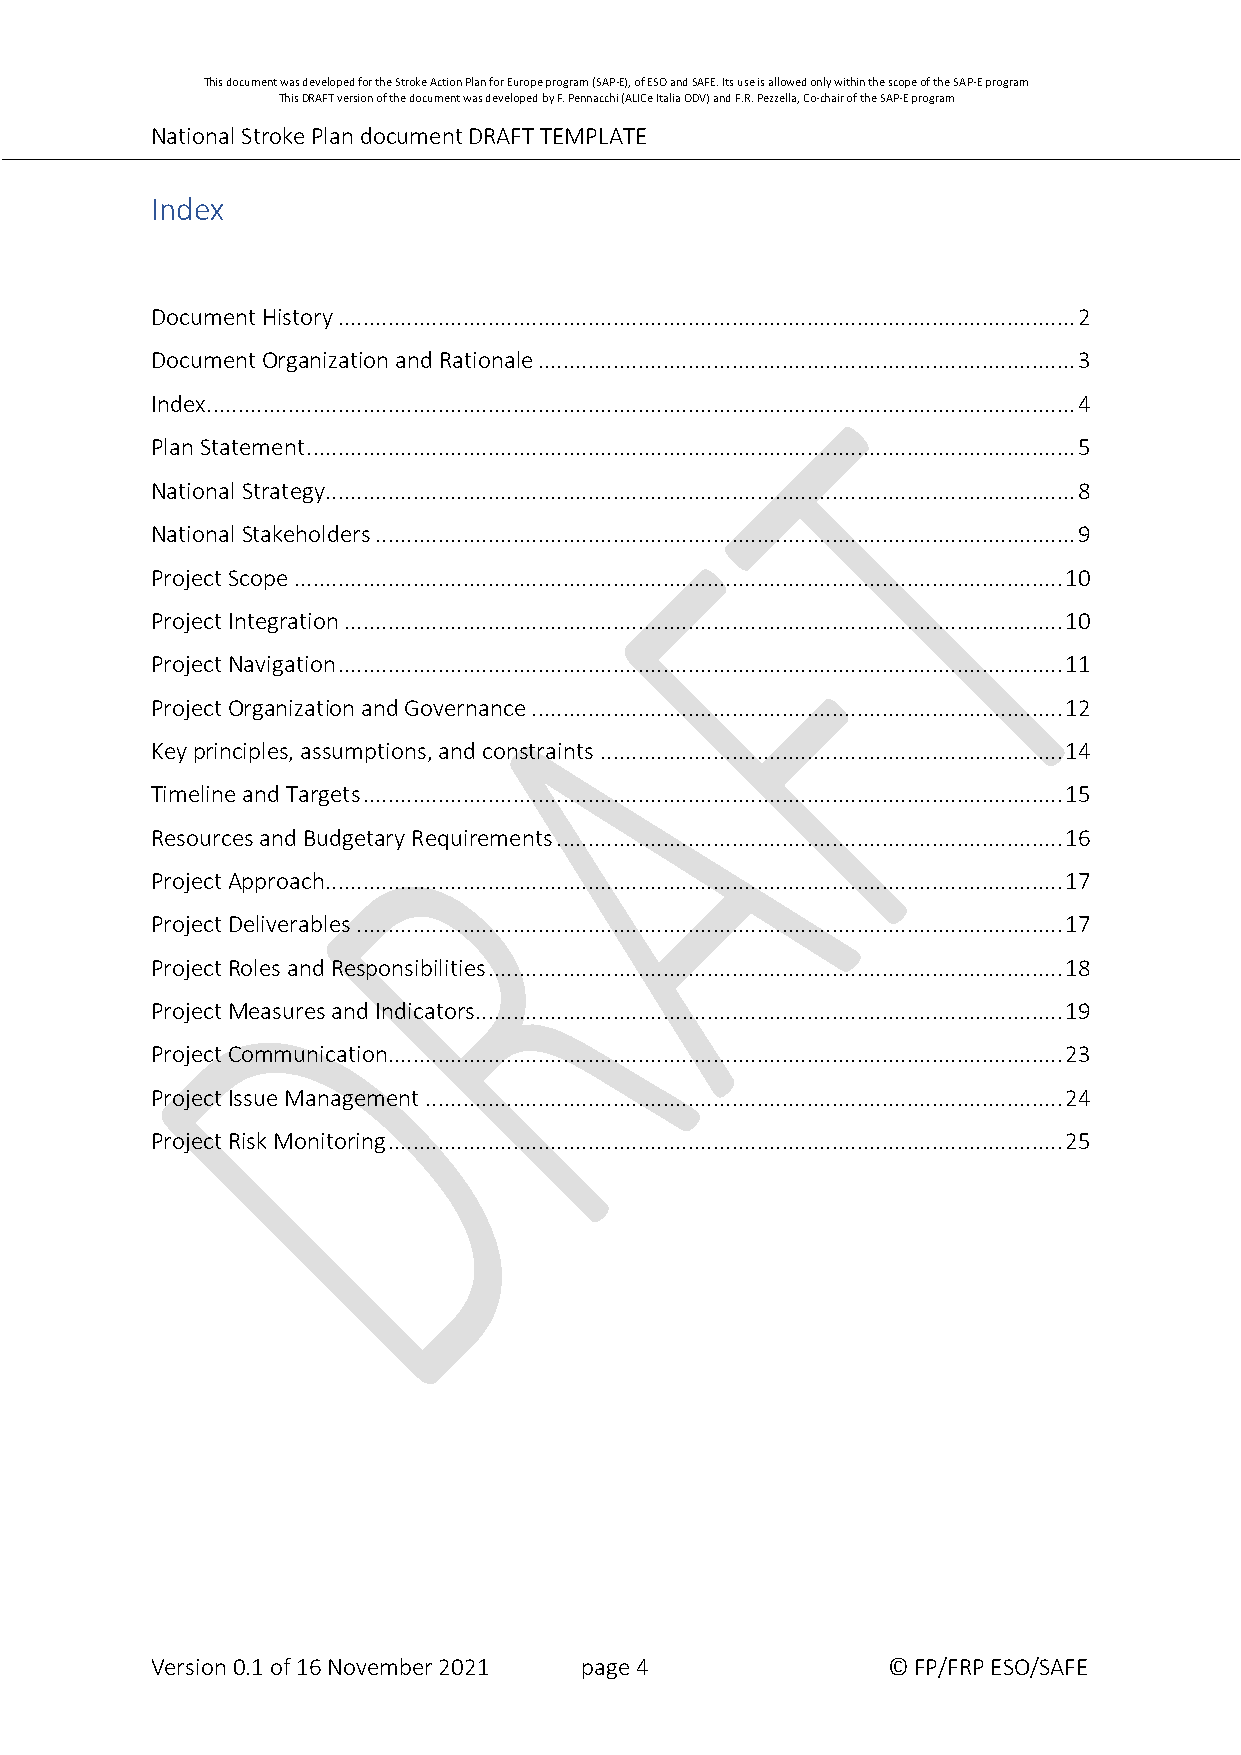
This document was developed for the Stroke Action Plan for Europe program (SAP-E), of ESO and SAFE. Its use is allowed only within the scope of the SAP-E program
 This DRAFT version of the document was developed by F. Pennacchi (ALICe Italia ODV) and F.R. Pezzella, Co-chair of the SAP-E program
 National Stroke Plan document DRAFT TEMPLATE
 Index
 Document History ...................................................................................................................... 2
 Document Organization and Rationale ...................................................................................... 3
 Index ........................................................................................................................................... 4
 Plan Statement ........................................................................................................................... 5
 National Strategy ........................................................................................................................ 8
 National Stakeholders ................................................................................................................ 9
 Project Scope ........................................................................................................................... 10
 Project Integration ................................................................................................................... 10
 Project Navigation .................................................................................................................... 11
 Project Organization and Governance ..................................................................................... 12
 Key principles, assumptions, and constraints .......................................................................... 14
 Timeline and Targets ................................................................................................................ 15
 Resources and Budgetary Requirements ................................................................................. 16
 Project Approach...................................................................................................................... 17
 Project Deliverables ................................................................................................................. 17
 Project Roles and Responsibilities ............................................................................................ 18
 Project Measures and Indicators.............................................................................................. 19
 Project Communication............................................................................................................ 23
 Project Issue Management ...................................................................................................... 24
 Project Risk Monitoring ............................................................................................................ 25
 Version 0.1 of 16 November 2021 page 4           © FP/FRP ESO/SAFE